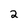
Character: 2